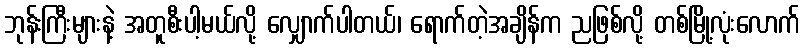
ဘုန်းကြီးများနဲ့ အတူစီးပါ့မယ်လို့ လျှောက်ပါတယ်၊ ရောက်တဲ့အချိန်က ညဖြစ်လို့ တစ်မြို့လုံးလောက်